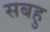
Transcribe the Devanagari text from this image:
सबहु